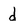
Character: d